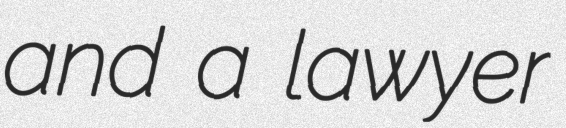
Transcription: and a lawyer